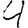
Digit: 4